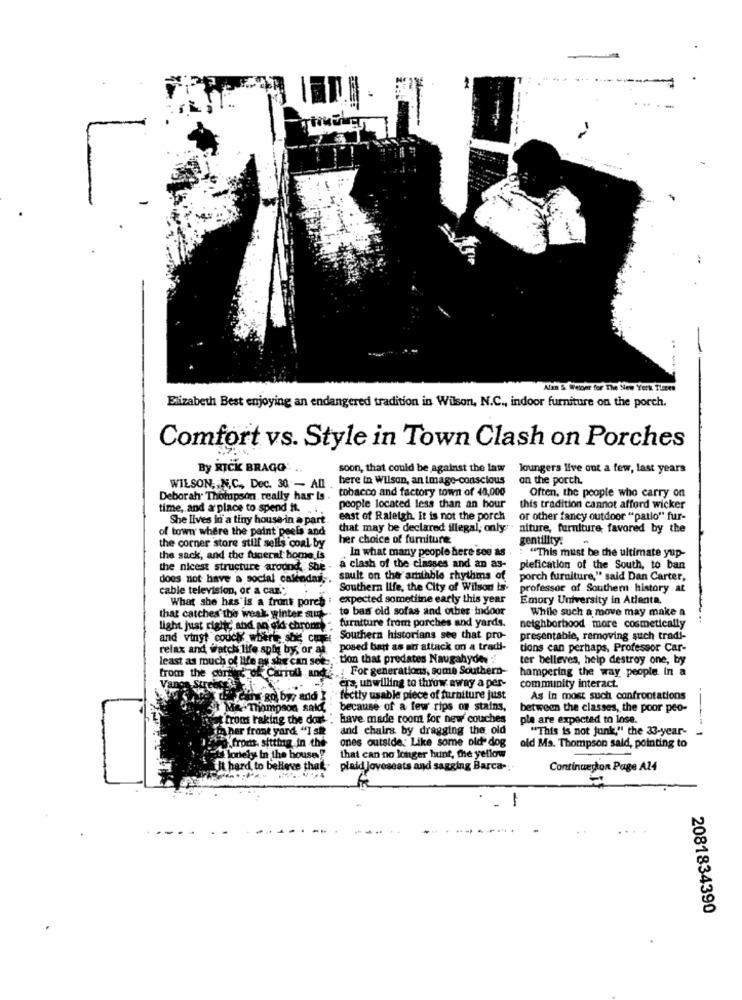
Alan & Weiner for The New York Times
Elizabeth Best enjoying an endangered tradition in Wilson, N.C ., indoor furniture on the porch.
Comfort vs. Style in Town Clash on Porches
By RICK BRAGG'
soon, that could be against the law
loungers live out a few, last years
here in Wilson, an image-conscious
an the porch.
Deborah Thompson really har ts . tobacco and factory town of 40,000
WILSON, N.C ., Dec. 30 - All
Often, the people who carry on
time, and a place to spend it.
people located less than an hour
this tradition cannot afford wicker
She lives in a tiny house in a part
east of Raleigh. It is not the porch
or other fancy outdoor "patlo" fur-
of town where the paint peels and
that may be declared illegal; only
niture, furniture, favored by the
her choice of furniture
gentility.
-
the corner store still sells coal by
In what many people here see as
the sack, and the funeral home is
: "This must be the ultimate yup-
the nicest structure around. She -
a clash of the classes and an as- piefication of the South, to ban
does not have a social calendar ;.
sault on the amiable rhythms of porch furniture," said Dan Carter,
cable television, or a car."
Southern life, the City of Wilson is-
professor of Southern history at
What she has is a front porch
expected sometime early this year
Emory University in Adienta.
to bas old sofas and other indoor
While such a move may make a
that catches the weak winter sun.
light just rightc' and an old chrom "
furniture from porches and yards.
neighborhood more cosmetically
and vinyt couch whirl she cor
Southern historians see that pro-
presentable, removing such tradi-
relax and watch life apią by, or al
posed bart as an attack on a tradi-
tions can perhaps, Professor Car-
least as much of life as she can see-
tion that predates Naugahyde. :
ter belleves, help destroy one, by
from the corner of Carroll and ! For generations, some Southern-
hampering the way people in a
Vanos Streber
Ts, unwilling to throw away a per-
community interact.
Ci RO, by, and ]
fectly usable piece of furniture just
As In most such confrontations
Me.Thompson sald
because of a few rips on stains,
between the classes, the poor peo-
from taking the dort . have made room for new couches
ple are expected to lose.
to her front yard "] se
and chairs by dragging the old
"This is not junk," the 33-year-
ones outside: Like some oid- dog
71% from, sitting in the
old Ms. Thompson said, pointing to
s lonely In the house!
that can no longer hunt, the yellow
It hard to believe that
plaid Joveseats and sagging Barca .;
Continuerton Page A14
2081834390